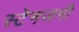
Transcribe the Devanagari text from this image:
स्टेनजनी